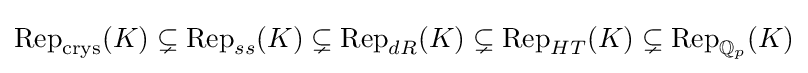
\operatorname {Rep} _{\mathrm {crys} }(K)\subsetneq \operatorname {Rep} _{ss}(K)\subsetneq \operatorname {Rep} _{dR}(K)\subsetneq \operatorname {Rep} _{HT}(K)\subsetneq \operatorname {Rep} _{\mathbb {Q} _{p}}(K)